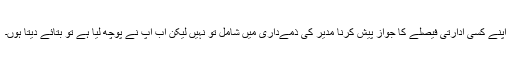
اپنے کسی ادارتی فیصلے کا جواز پیش کرنا مدیر کی ذمےداری میں شامل تو نہیں لیکن اب آپ نے پوچھ لیا ہے تو بتائے دیتا ہوں۔